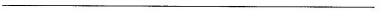
___